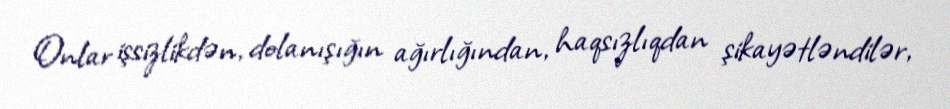
Onlar işsizlikdən, dolanışığın ağırlığından, haqsızlıqdan şikayətləndilər,